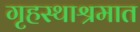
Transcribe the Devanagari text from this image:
गृहस्थाश्रमात